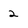
Character: 2